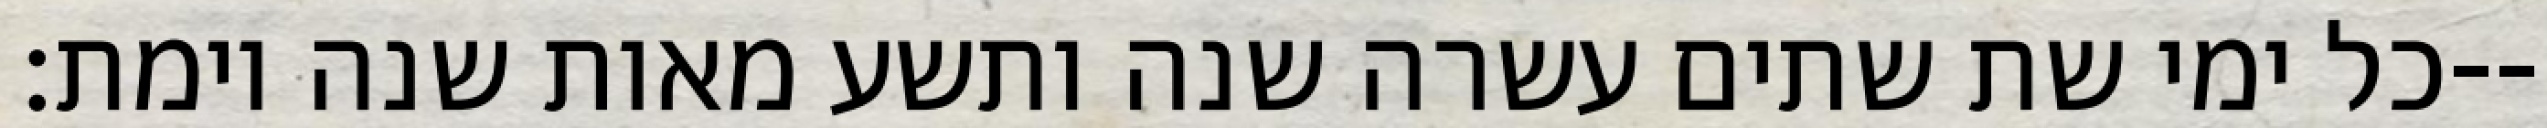
כל ימי שת שתים עשרה שנה ותשע מאות שנה וימת׃--